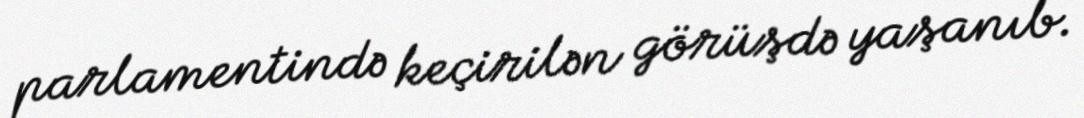
parlamentində keçirilən görüşdə yaşanıb.